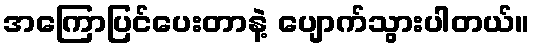
အကြောပြင်ပေးတာနဲ့ ပျောက်သွားပါတယ်။